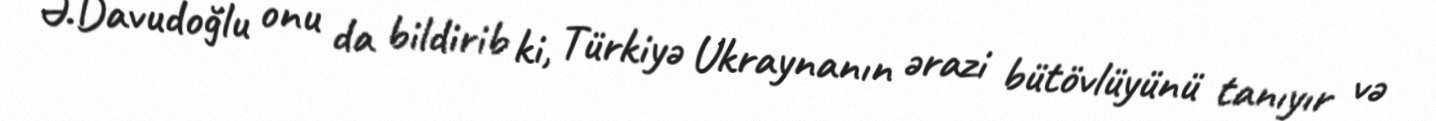
Ə.Davudoğlu onu da bildirib ki, Türkiyə Ukraynanın ərazi bütövlüyünü tanıyır və